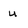
Character: U